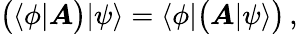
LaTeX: {\bigl(}\langle\phi|{\boldsymbol{A}}{\bigr)}|\psi\rangle=\langle\phi|{\bigl(}{\boldsymbol{A}}|\psi\rangle{\bigr)}\, ,